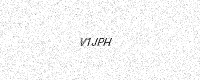
Text: V1JPH